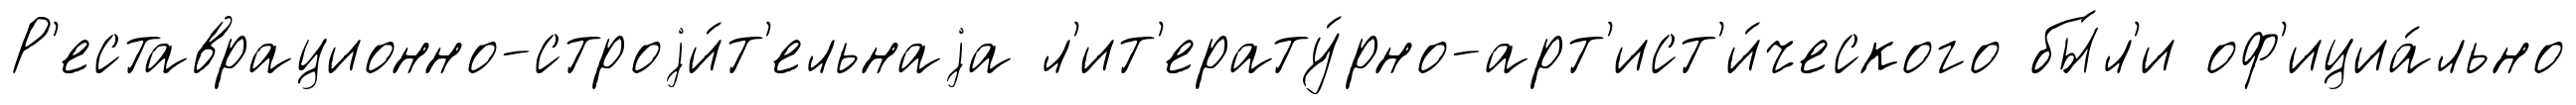
Р'еставрационно-строjи́т'ельнаjа л'ит'ерату́рно-арт'ист'и́ческого бы́л'и оф'ициа́льно